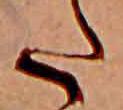
た